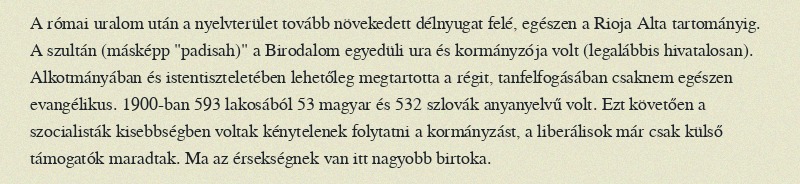
A római uralom után a nyelvterület tovább növekedett délnyugat felé, egészen a Rioja Alta tartományig. A szultán (másképp "padisah)" a Birodalom egyedüli ura és kormányzója volt (legalábbis hivatalosan). Alkotmányában és istentiszteletében lehetőleg megtartotta a régit, tanfelfogásában csaknem egészen evangélikus. 1900-ban 593 lakosából 53 magyar és 532 szlovák anyanyelvű volt. Ezt követően a szocialisták kisebbségben voltak kénytelenek folytatni a kormányzást, a liberálisok már csak külső támogatók maradtak. Ma az érsekségnek van itt nagyobb birtoka.